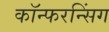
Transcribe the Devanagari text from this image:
कॉन्फरन्सिंग